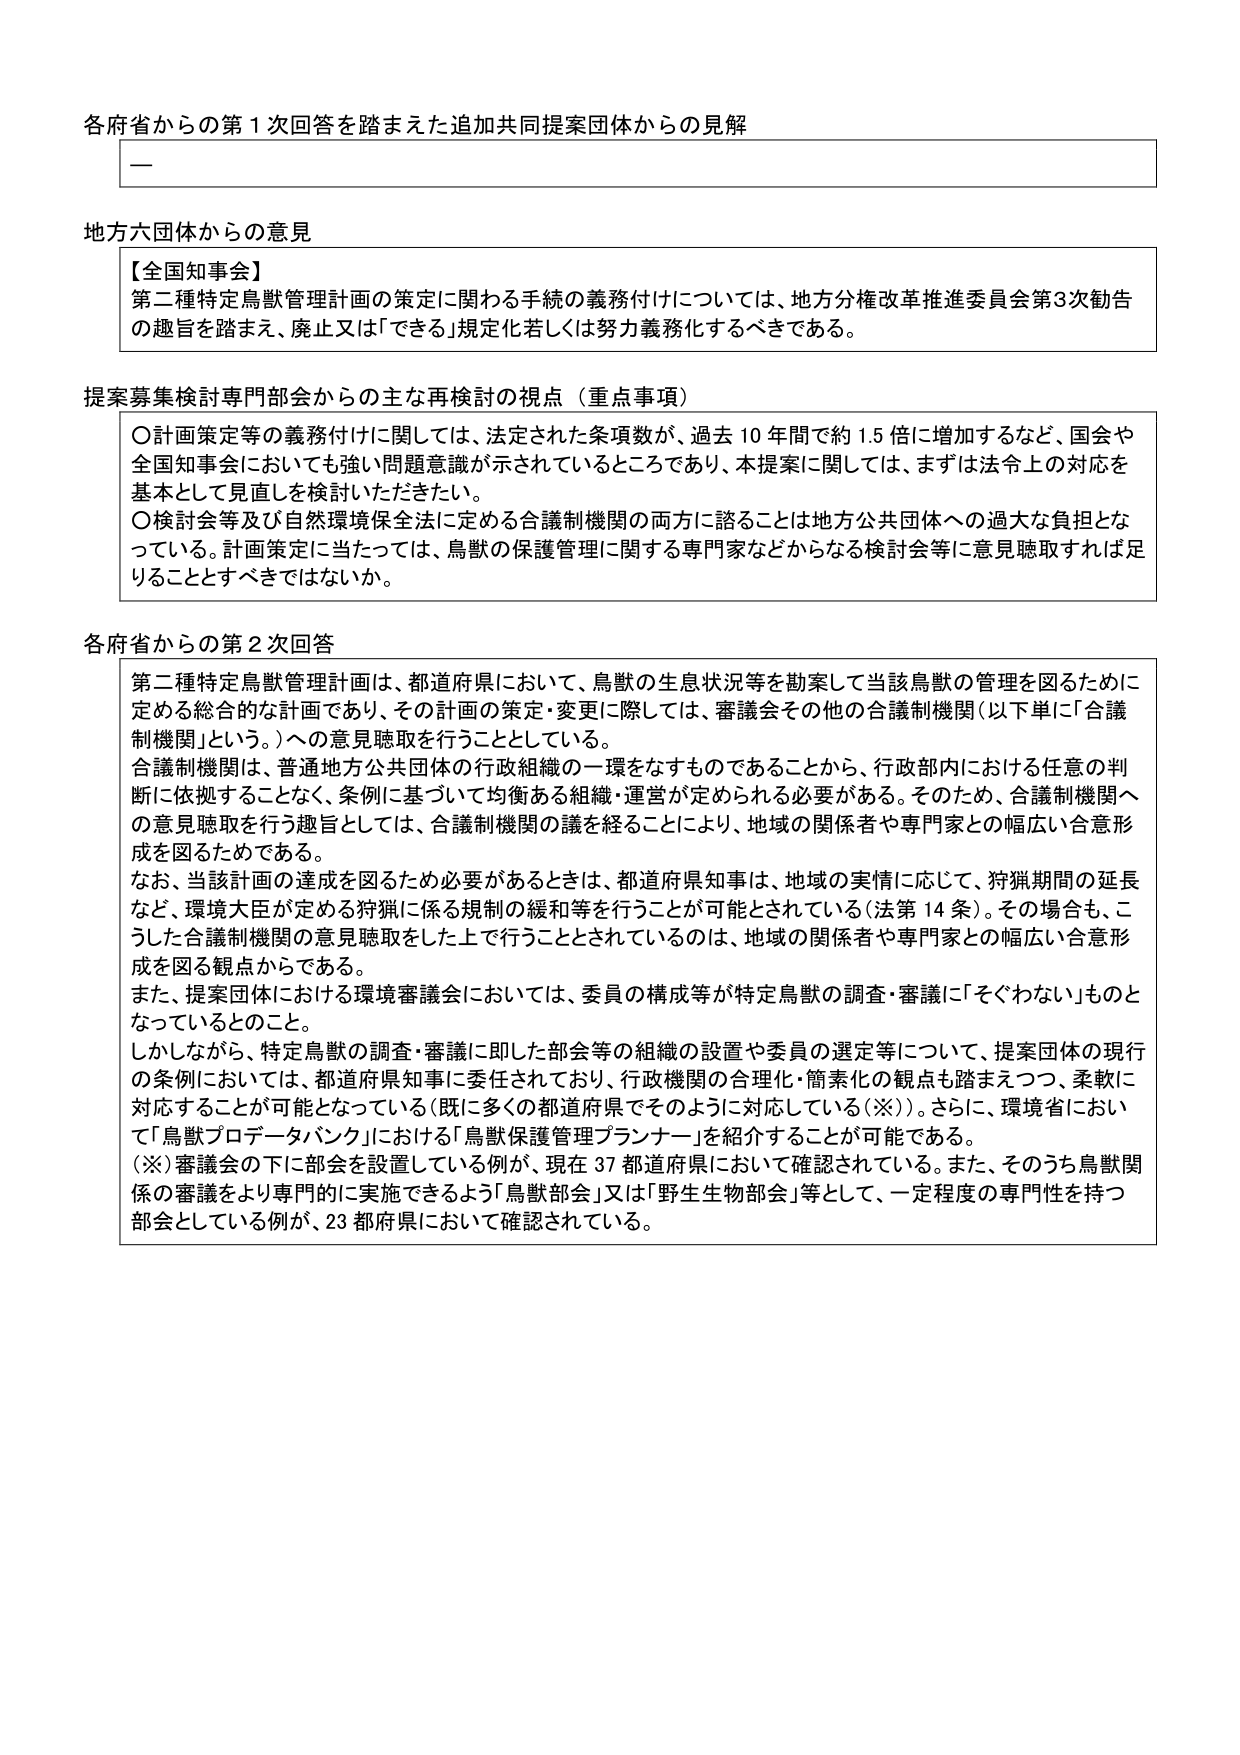
各府省からの第１次回答を踏まえた追加共同提案団体からの見解

一

地方六団体からの意見

【全国知事会】
第二種特定鳥獣管理計画の策定に関わる手続の義務付けについては、地方分権改革推進委員会第3次勧告の趣旨を踏まえ、廃止又は「できる」規定化若しくは努力義務化するべきである。

提案募集検討専門部会からの主な再検討の視点（重点事項）

〇計画策定等の義務付けに関しては、法定された条項数が、過去10年間で約1.5倍に増加するなど、国会や全国知事会においても強い問題意識が示されているところであり、本提案に関しては、まずは法令上の対応を基本として見直しを検討いただきたい。
〇検討会等及び自然環境保全法に定める合議制機関の両方に諮ることは地方公共団体への過大な負担となっている。計画策定に当たっては、鳥獣の保護管理に関する専門家などからなる検討会等に意見聴取すれば足りることとすべきではないか。

各府省からの第2次回答

第二種特定鳥獣管理計画は、都道府県において、鳥獣の生息状況等を勘案して当該鳥獣の管理を図るために定める総合的な計画であり、その計画の策定・変更に際しては、審議会その他の合議制機関（以下単に「合議制機関」という。）への意見聴取を行うこととしている。
合議制機関は、普通地方公共団体の行政組織の一環をなすものであることから、行政部内における任意の判断に依拠することなく、条例に基づいて均衡ある組織・運営が定められる必要がある。そのため、合議制機関への意見聴取を行う趣旨としては、合議制機関の議を経ることにより、地域の関係者や専門家との幅広い合意形成を図るためである。
なお、当該計画の達成を図るため必要があるときは、都道府県知事は、地域の実情に応じて、狩猟期間の延長など、環境大臣が定める狩猟に係る規制の緩和等を行うことが可能とされている（法第14条）。その場合も、こうした合議制機関の意見聴取をした上で行うこととされているのは、地域の関係者や専門家との幅広い合意形成を図る観点からである。
また、提案団体における環境審議会においては、委員の構成等が特定鳥獣の調査・審議に「そぐわない」ものとなっているとのこと。
しかしながら、特定鳥獣の調査・審議に即した部会等の組織の設置や委員の選定等について、提案団体の現行の条例においては、都道府県知事に委任されており、行政機関の合理化・簡素化の観点も踏まえつつ、柔軟に対応することが可能となっている（既に多くの都道府県でそのように対応している（※））。さらに、環境省において「鳥獣プロデータバンク」における「鳥獣保護管理プランナー」を紹介することが可能である。
（※）審議会の下に部会を設置している例が、現在37都道府県において確認されている。また、そのうち鳥獣関係の審議をより専門的に実施できるよう「鳥獣部会」又は「野生生物部会」等として、一定程度の専門性を持つ部会としている例が、23都府県において確認されている。